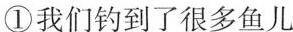
①我们钓到了很多鱼儿